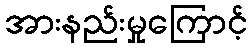
အားနည်းမှုကြောင့်